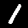
Digit: 1